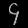
Digit: ၄